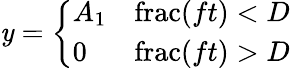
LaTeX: \mathit{y}={\left\{ \begin{array}{ll}{A_{1}}&{\operatorname{frac}(ft)<D}\\ {0}&{\operatorname{frac}(ft)>D}\end{array}\right.}